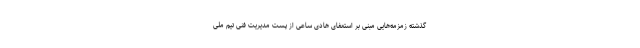
گذشته زمزمه‌هایی مبنی بر استعفای هادی ساعی از پست مدیریت فنی تیم ملی